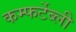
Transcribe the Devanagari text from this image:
कम्फर्टेब्ली